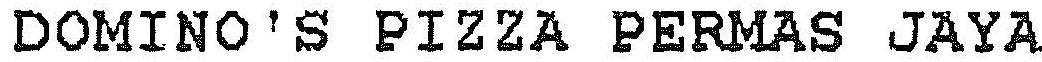
DOMINO'S PIZZA PERMAS JAYA